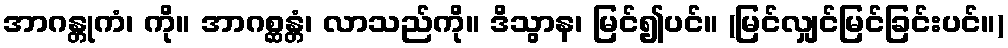
အာဂန္တုကံ၊ ကို။ အာဂစ္ဆန္တံ၊ လာသည်ကို။ ဒိသွာန၊ မြင်၍ပင်။ (မြင်လျှင်မြင်ခြင်းပင်။)